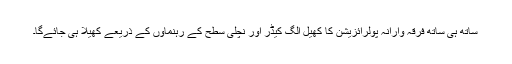
ساتھ ہی ساتھ فرقہ وارانہ پولرائزیشن کا کھیل الگ کیڈر اور نچلی سطح کے رہنماؤں کے ذریعے کھیلا ہی جائے‌گا۔